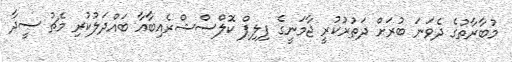
މުބާރާތުގެ ދެވަނަ ބުރަށް ދަތުރުކުރީ ޖާމަނީގެ ފިލިޕް ކޮލްސްޝްރެއިބާއާ ބައްދަލުކުރި މެޗު ސީދާ